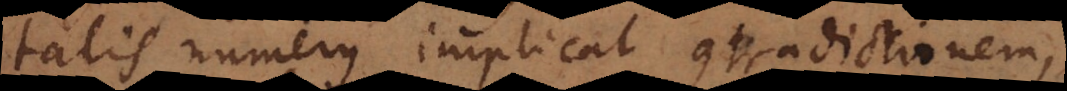
talis numerus implicat contradictionem,